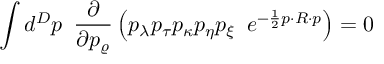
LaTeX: \int d ^ { D } p \, \, \, \frac { \partial } { \partial p _ { \varrho } } \left( p _ { \lambda } p _ { \tau } p _ { \kappa } p _ { \eta } p _ { \xi } \, \, \, e ^ { - \frac { 1 } { 2 } p \cdot R \cdot p } \right) = 0